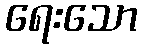
ရေးသော